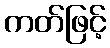
ကတ်ဖြင့်